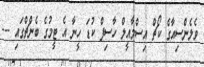
ވެލެންސިއާގެ ކޯޗް އިސްމާއީލް ހާސިފް ކުޑަ ހީނާ އެ ޓީމުގެ ބެންޗްގައި ---